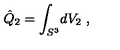
\hat { Q } _ { 2 } = \int _ { S ^ { 3 } } \! d V _ { 2 } \ ,